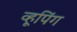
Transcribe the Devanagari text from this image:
व्हूपिंग